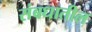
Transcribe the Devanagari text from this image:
संबधातील